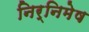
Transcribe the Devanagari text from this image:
निर्निमेष